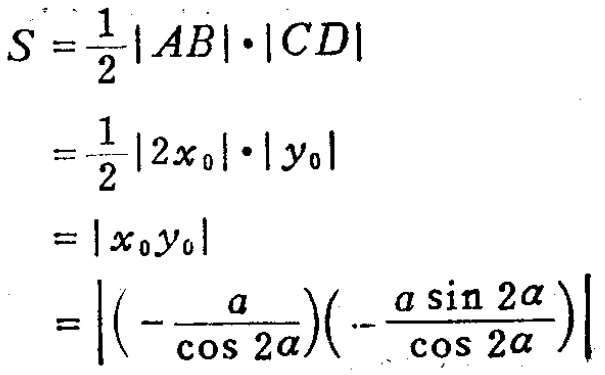
\[
\begin{align*}
S&=\frac{1}{2}|AB|\cdot|CD|\\
&=\frac{1}{2}|2x_{0}|\cdot|y_{0}|\\
&=|x_{0}y_{0}|\\
&=\left|\left(-\frac{a}{\cos 2\alpha}\right)\left(-\frac{a\sin 2\alpha}{\cos 2\alpha}\right)\right|
\end{align*}
\]